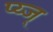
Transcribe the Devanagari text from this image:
प्य्ज्